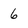
Character: 6